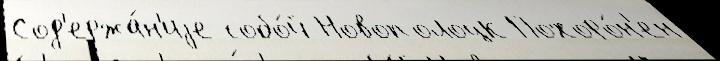
Сод'ержа́н'иjе собо́й Новополоцк Похоро́н'ен